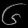
Digit: ၆